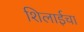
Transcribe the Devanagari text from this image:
शिलाईचा